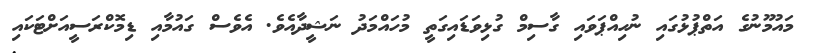
މައުމޫނުގެ އަތްޕުޅުގައި ނުހިއްޕަވައި ގާސިމް ގުޅިވަޑައިގަތީ މުހައްމަދު ނަޝީދާއެވެ. އެވެސް ގައުމާއި ޑިމޮކްރަސީއަށްޓަކައި